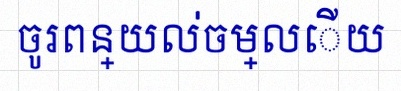
ចូរពន្យល់ចម្លើយ